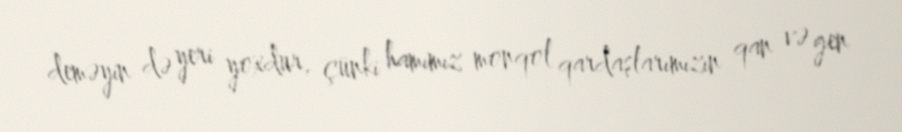
deməyin də yeri yoxdur, çünki hamımız monqol qardaşlarımızın qan və gen